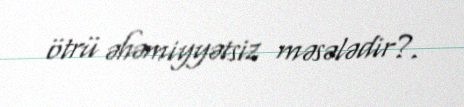
ötrü əhəmiyyətsiz məsələdir?.